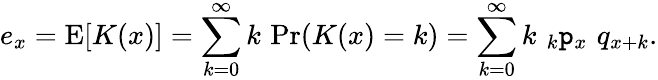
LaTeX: e_{x}=\operatorname{E}[K(x)]=\sum_{k=0}^{\infty}k\, \operatorname*{Pr}(K(x)=k)=\sum_{k=0}^{\infty}k\, \, _{k}\mathtt{p}_{x}\, \, q_{x+k}.